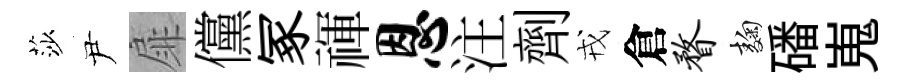
莎尹扉儻冢禈恩注劑戎倉瞀麹磻嵬